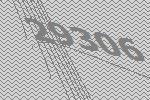
29306